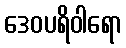
ဒေဝပရိဝါရော